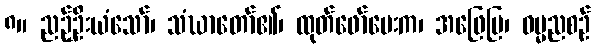
၈။ ညဉ့်ဦးယံသော်၊ သံဃာတော်၏၊ ထုတ်ဖော်မေးက၊ အဖြေပြ၊ ဓမ္မညစဉ်